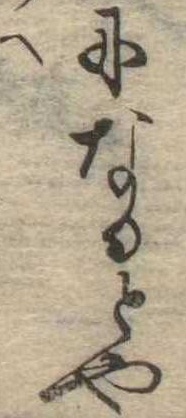
になるとや